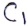
Text: C1